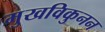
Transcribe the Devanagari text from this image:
मुखविकुनन